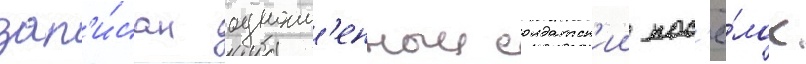
зап'и́сан одноим'енныи солдатск'ии пос'ё́лок